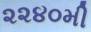
૨૨૪૦મી